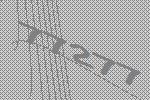
77277